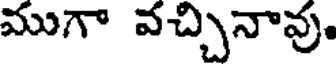
ముగా వచ్చినావు.